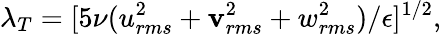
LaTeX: \lambda_{T}=[5\nu(u_{rms}^{2}+\mathbf{v}_{rms}^{2}+w_{rms}^{2})/\epsilon]^{1/2},